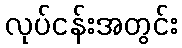
လုပ်ငန်းအတွင်း